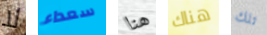
لا سعداء هنا هناك تلك